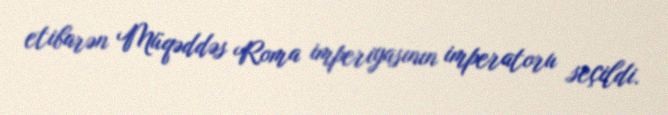
etibarən Müqəddəs Roma imperiyasının imperatoru seçildi.